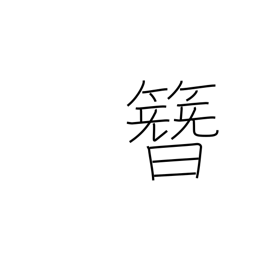
Meaning: ornamental hairpin